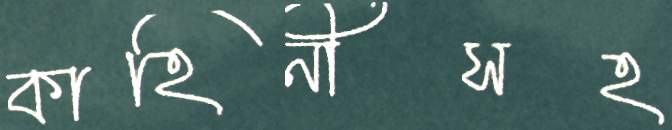
কাহিনীসহ